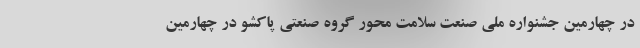
در چهارمین جشنواره ملی صنعت سلامت محور گروه صنعتی پاکشو در چهارمین